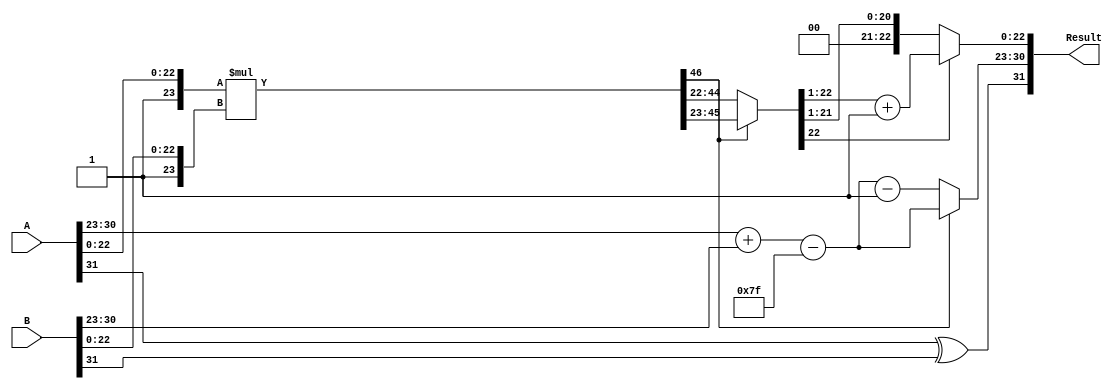
module Radix2FP_Multiplier #(
    parameter E = 8,  // exponent width
    parameter M = 23, // significand (mantissa) width
    parameter BIAS = 127 // bias for exponent
)(
    input [E + M + 1 - 1:0] A, // A = (sign, exponent, significand)
    input [E + M + 1 - 1:0] B, // B = (sign, exponent, significand)
    output reg [E + M + 1 - 1:0] Result // Result = (sign, exponent, significand)
);
    
    // Internal signals
    wire signA, signB;
    wire [E-1:0] expA, expB;
    wire [M:0] sigA, sigB; // M+1 to include implicit leading 1
    wire [E:0] expR; // result exponent (extra bit for overflow)
    wire [2*M:0] sigR; // multiplied significands
    wire [E:0] normalized_exp; // adjusted exponent after normalization
    wire [M:0] normalized_sig; // adjusted significand after normalization
    reg [M:0] final_sig; // final significand after rounding
        
    // Sign extraction
    assign signA = A[E + M];
    assign signB = B[E + M];
    
    // Exponent and significand extraction
    assign expA = A[E + M - 1 : M];
    assign expB = B[E + M - 1 : M];
    assign sigA = {1'b1, A[M - 1 : 0]}; // implicit leading 1
    assign sigB = {1'b1, B[M - 1 : 0]}; // implicit leading 1

    // Exponent calculation
    assign expR = expA + expB - BIAS;

    // Significand multiplication
    assign sigR = sigA * sigB; // This could be a more complex structure as required.

    // Normalization logic
    always @* begin
        if (sigR[2*M] == 1'b1) begin // If leading bit is 1
            normalized_sig = sigR[2*M-1 : M]; // normalized
            normalized_exp = expR; // no adjustment required
        end else begin // If leading bit is 0
            normalized_sig = sigR[2*M-2 : M-1]; // right shift
            normalized_exp = expR - 1; // adjust exponent
        end

        // Rounding step - simple "round to even" logic
        if (normalized_sig[M-1] == 1'b1) begin
            final_sig = normalized_sig[M:1] + 1'b1; // round up
        end else begin
            final_sig = normalized_sig[M:1]; // round down (towards zero)
        end

        // Forming final result
        Result = {signA ^ signB, normalized_exp[E-1:0], final_sig[M-1:0]}; // sign, exponent, significand
    end

endmodule